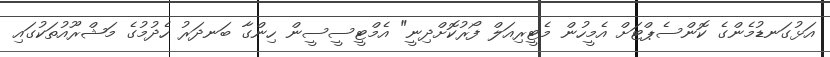
އަޅުގަނޑުމެންގެ ކޮންސެޕްޓަށް އެމީހުން މެޓީރިއަލް ފޯރުކޮށްދިނީ" އެމްޓީސީސީން ހިންގާ ބަނދަރު ހެދުމުގެ މަޝްރޫއުތަކުގައި